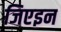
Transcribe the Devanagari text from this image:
जिएइन